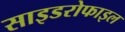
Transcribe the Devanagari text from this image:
साइडरोफाइल